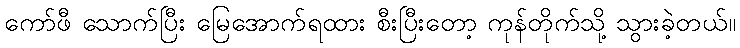
ကော်ဖီ သောက်ပြီး မြေအောက်ရထား စီးပြီးတော့ ကုန်တိုက်သို့ သွားခဲ့တယ်။